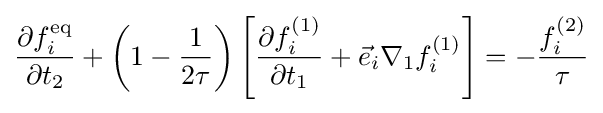
{\frac {\partial f_{i}^{\text{eq}}}{\partial t_{2}}}+\left(1-{\frac {1}{2\tau }}\right)\left[{\frac {\partial f_{i}^{(1)}}{\partial t_{1}}}+{\vec {e}}_{i}\nabla _{1}f_{i}^{(1)}\right]=-{\frac {f_{i}^{(2)}}{\tau }}